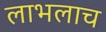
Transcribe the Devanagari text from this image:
लाभलाच